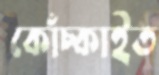
কোঁচ্‌কাইত